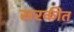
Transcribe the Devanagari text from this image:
सरकीत